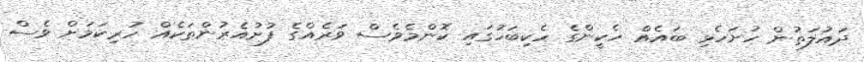
ދައުލަތުން ހުށަހެޅި ބައެއް ހެކީންގެ ހެކިބަހުގައި ކޮންމެވެސް ވަރެއްގެ ފުށުއެރުންތަކެއް ހުރިކަމަށް ވެސް